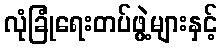
လုံခြုံရေးတပ်ဖွဲ့များနှင့်